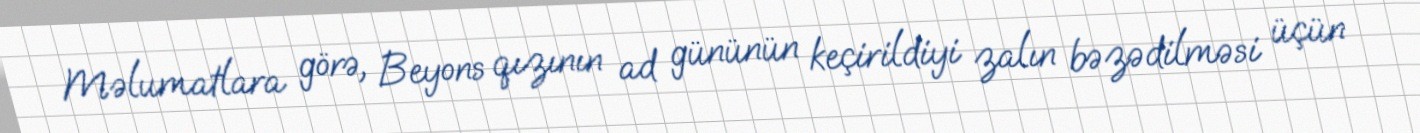
Məlumatlara görə, Beyons qızının ad gününün keçirildiyi zalın bəzədilməsi üçün